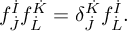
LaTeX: f _ { \dot { J } } ^ { \dot { I } } f _ { \dot { L } } ^ { \dot { K } } = \delta _ { \dot { J } } ^ { \dot { K } } f _ { \dot { L } } ^ { \dot { I } } .